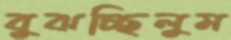
বুঝচ্ছিলুম